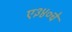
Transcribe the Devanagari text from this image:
ए३४०चे